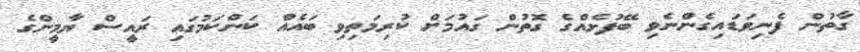
ގާތުން ފެނިވަޑައިގެންނެވި ބޭފުޅެއްގެ ގޮތުން ގައުމަށް ކުރިމަތިވި ބައެއް ކަންކަމުގައި ރައީސް ޔާމީންގެ